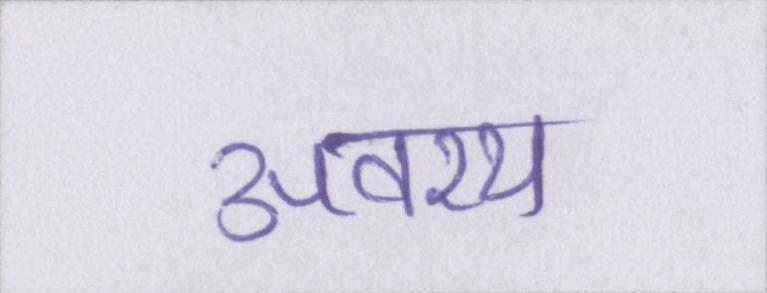
अवश्य